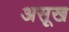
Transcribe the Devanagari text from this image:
असूख